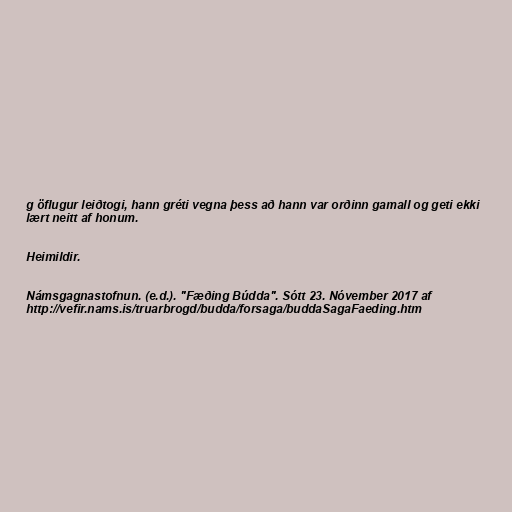
g öflugur leiðtogi, hann gréti vegna þess að hann var orðinn gamall og geti ekki
lært neitt af honum.

Heimildir.

Námsgagnastofnun. (e.d.). "Fæðing Búdda". Sótt 23. Nóvember 2017 af
http://vefir.nams.is/truarbrogd/budda/forsaga/buddaSagaFaeding.htm